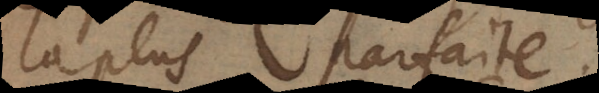
la plus parfaite.